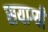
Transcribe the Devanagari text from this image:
सयाग्यी